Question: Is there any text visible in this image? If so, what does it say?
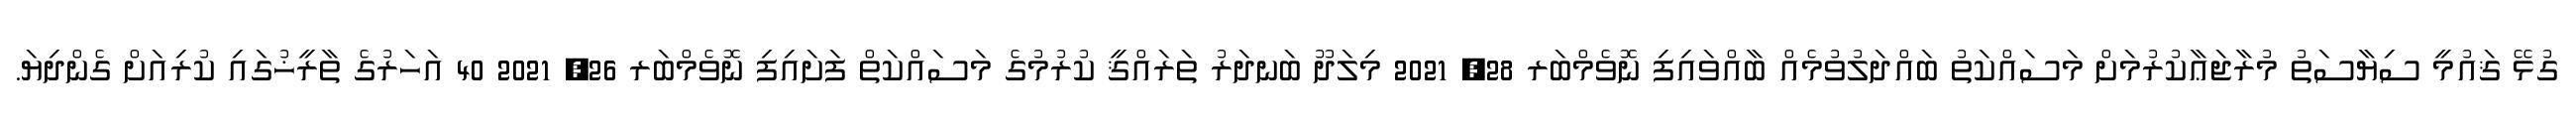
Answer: ގުޅޭ ޤައުމީ ސިޔާސަތު މުރާޖަޢާކުރުމަށް މަސައްކަތު ބައްދަލުވުމެއް ބާއްވައިފި ނޮވެމްބަރ 28, 2021 މިލަދޫ ބަނދަރު ތަރައްޤީ ކުރުމުގެ މަސައްކަތް ފަށައިފި ނޮވެމްބަރ 26, 2021 40 އަހަރުގެ ތާރީޚުގައި ކުރިއަށް ގެންދިޔަ.